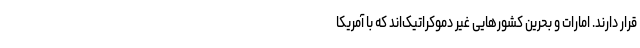
قرار دارند. امارات و بحرین کشورهایی غیر دموکراتیک‌اند که با آمریکا